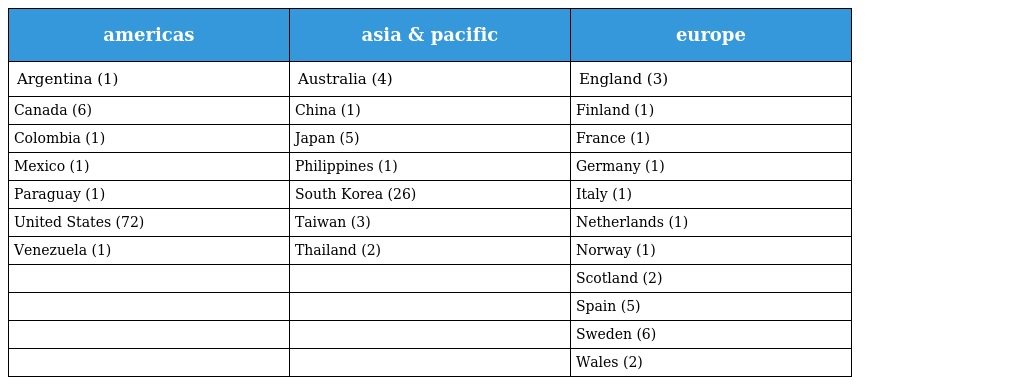
| americas | asia & pacific | europe |
 | --- | --- | --- |
 | Argentina (1) | Australia (4) | England (3) |
 | Canada (6) | China (1) | Finland (1) |
 | Colombia (1) | Japan (5) | France (1) |
 | Mexico (1) | Philippines (1) | Germany (1) |
 | Paraguay (1) | South Korea (26) | Italy (1) |
 | United States (72) | Taiwan (3) | Netherlands (1) |
 | Venezuela (1) | Thailand (2) | Norway (1) |
 |  |  | Scotland (2) |
 |  |  | Spain (5) |
 |  |  | Sweden (6) |
 |  |  | Wales (2) |